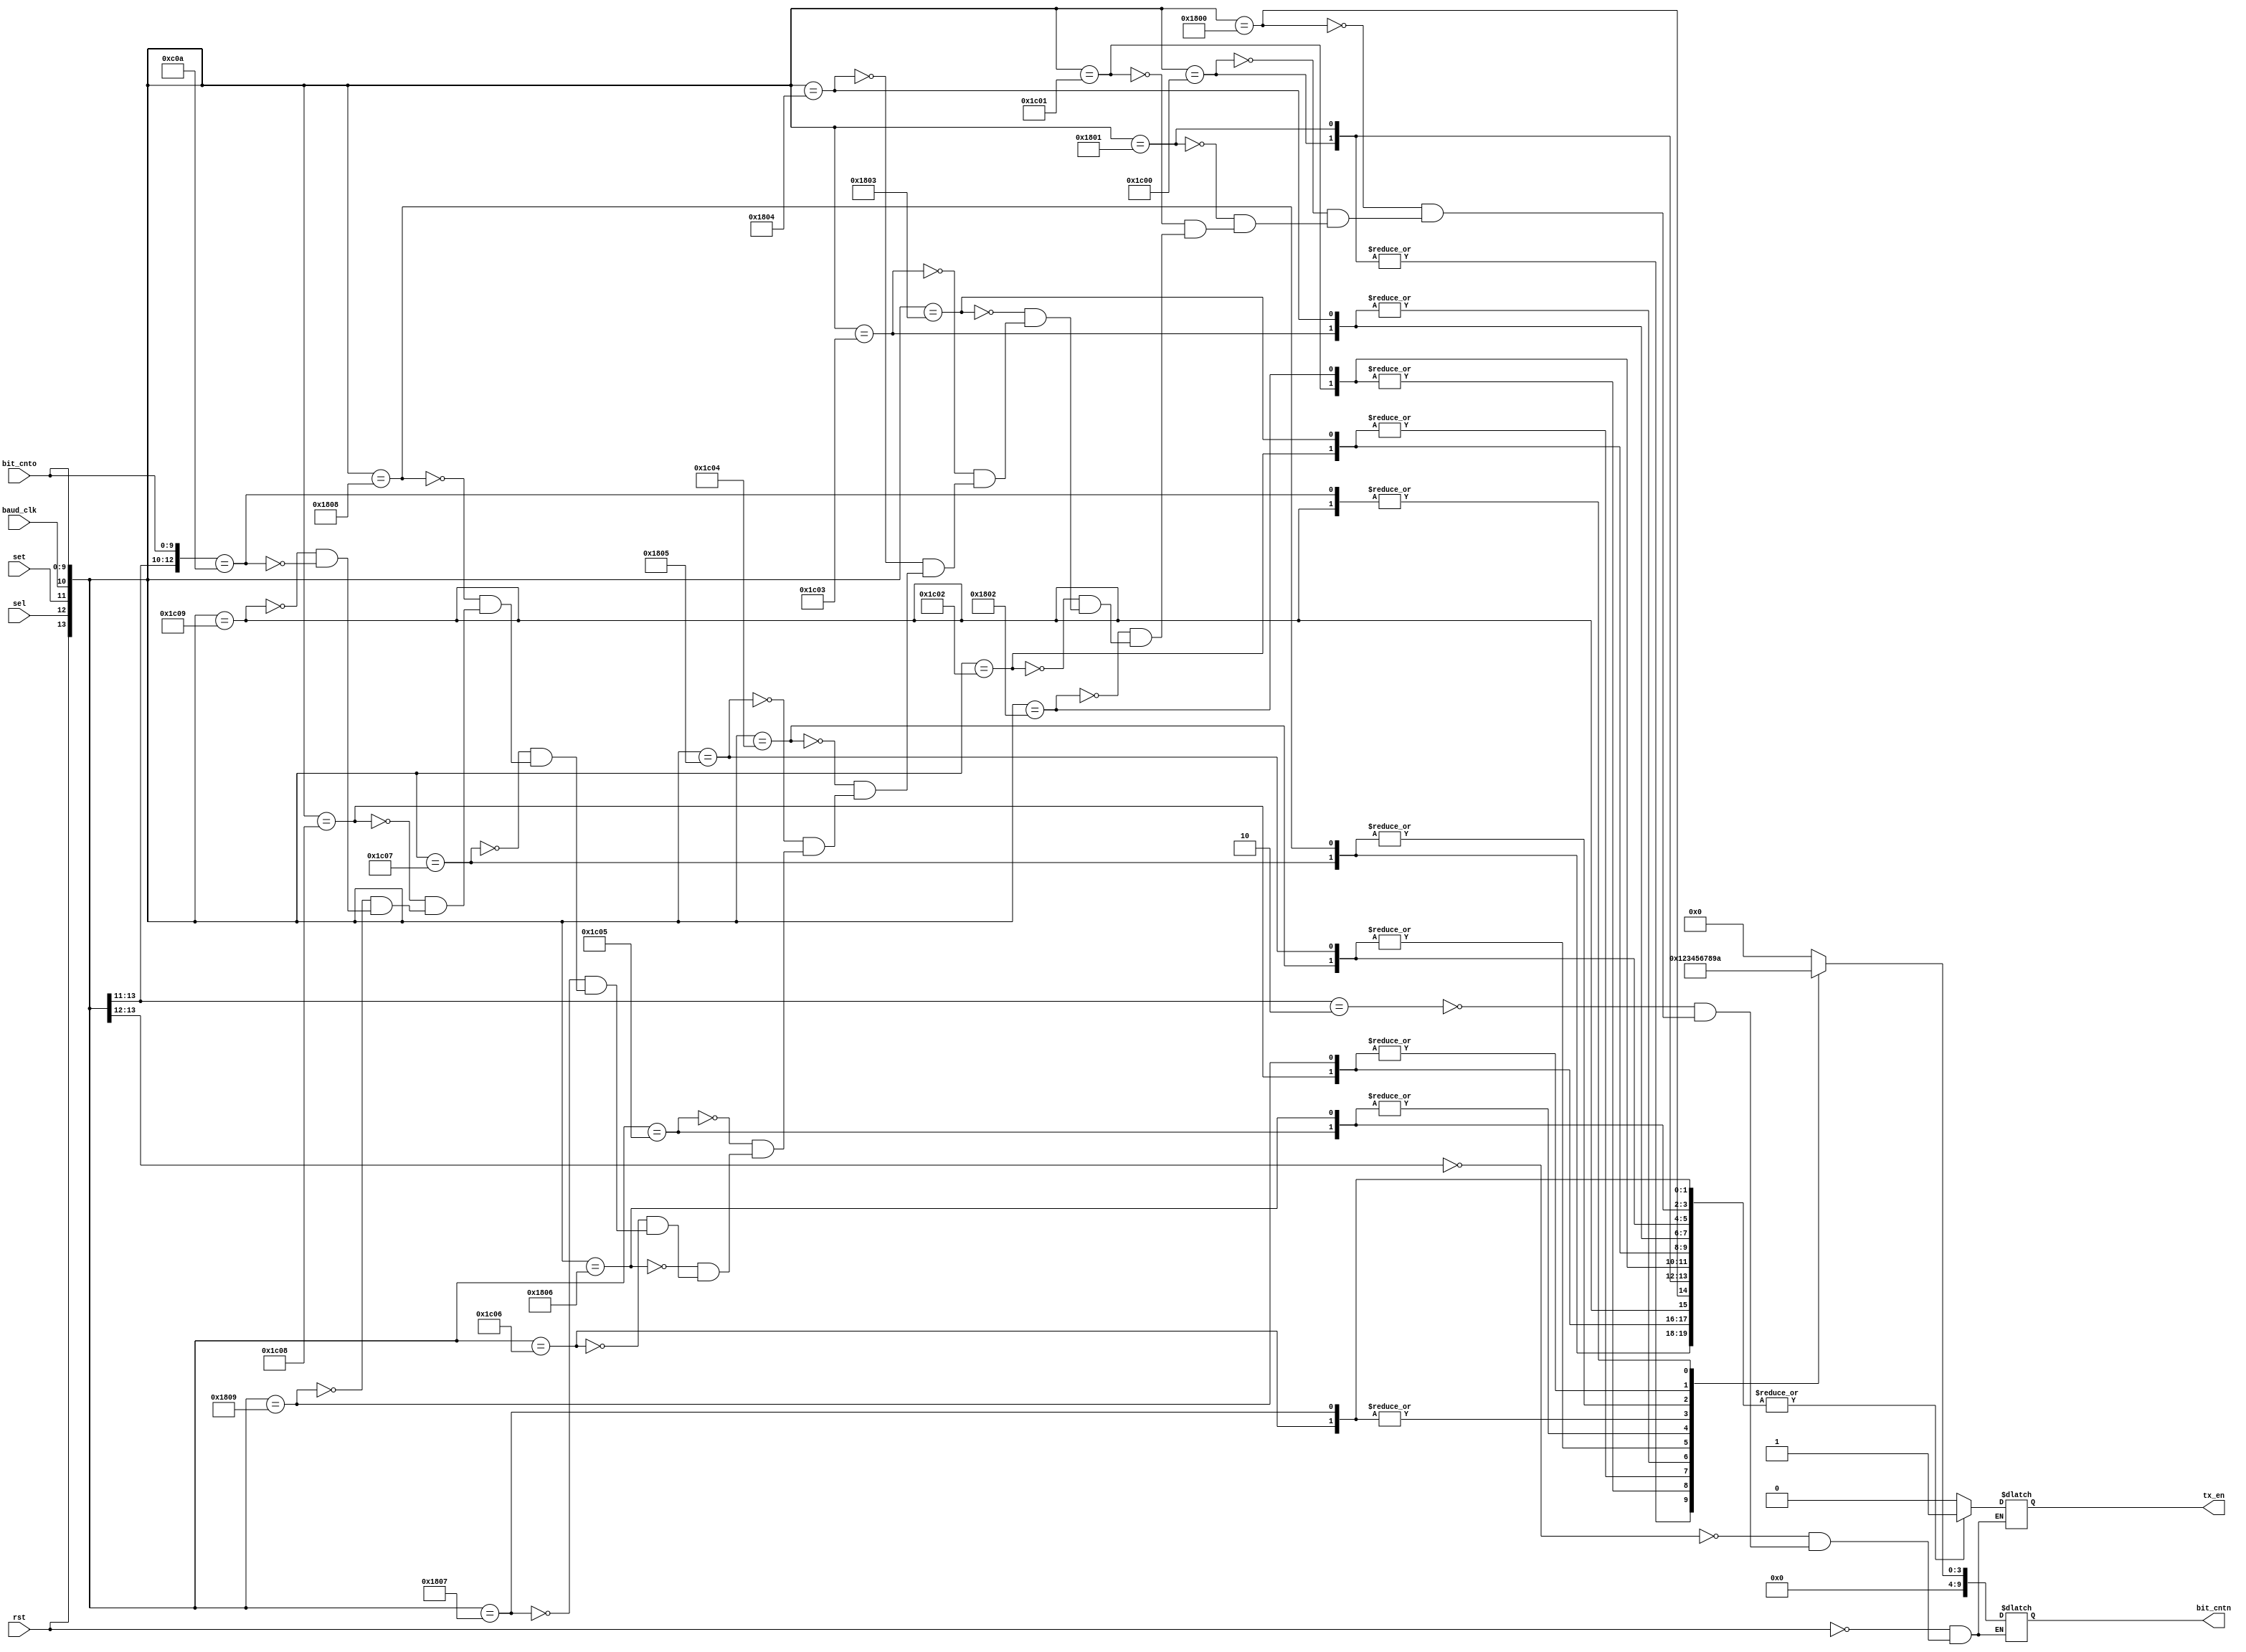
module tx_cp
(
	input wire 			rst,
	input wire			sel,
	input wire 			set,
	input wire 			baud_clk,
	input wire [9:0]  bit_cnto,
	
	output reg [9:0]  bit_cntn,
	output reg 			tx_en
);

always @ *
begin

	casex ({rst, sel, set, baud_clk, bit_cnto})
	
	{1'b1, 1'bx, 1'bx, 1'bx, 10'dx}: {tx_en, bit_cntn} = {1'b0, 10'd0}; // reset control
	
	{1'b0, 1'b0, 1'bx, 1'bx, 10'dx}: {tx_en, bit_cntn} = {1'b0, 10'd0}; // standby
	
	{1'b0, 1'b1, 1'b0, 1'bx, 10'dx}: {tx_en, bit_cntn} = {1'b0, 10'd0}; // idling
	
	{1'b0, 1'b1, 1'b1, 1'b0, 10'd0}: {tx_en, bit_cntn} = {1'b1, 10'd0}; // Start bit
	{1'b0, 1'b1, 1'b1, 1'b1, 10'd0}: {tx_en, bit_cntn} = {1'b1, 10'd1};
	
	{1'b0, 1'b1, 1'b1, 1'b0, 10'd1}: {tx_en, bit_cntn} = {1'b1, 10'd1}; // din[0]
	{1'b0, 1'b1, 1'b1, 1'b1, 10'd1}: {tx_en, bit_cntn} = {1'b1, 10'd2};
	
	{1'b0, 1'b1, 1'b1, 1'b0, 10'd2}: {tx_en, bit_cntn} = {1'b1, 10'd2}; // din[1]
	{1'b0, 1'b1, 1'b1, 1'b1, 10'd2}: {tx_en, bit_cntn} = {1'b1, 10'd3};
	
	{1'b0, 1'b1, 1'b1, 1'b0, 10'd3}: {tx_en, bit_cntn} = {1'b1, 10'd3}; // din[2]
	{1'b0, 1'b1, 1'b1, 1'b1, 10'd3}: {tx_en, bit_cntn} = {1'b1, 10'd4};
	
	{1'b0, 1'b1, 1'b1, 1'b0, 10'd4}: {tx_en, bit_cntn} = {1'b1, 10'd4}; // din[3]
	{1'b0, 1'b1, 1'b1, 1'b1, 10'd4}: {tx_en, bit_cntn} = {1'b1, 10'd5};
	
	{1'b0, 1'b1, 1'b1, 1'b0, 10'd5}: {tx_en, bit_cntn} = {1'b1, 10'd5}; // din[4]
	{1'b0, 1'b1, 1'b1, 1'b1, 10'd5}: {tx_en, bit_cntn} = {1'b1, 10'd6};
	
	{1'b0, 1'b1, 1'b1, 1'b0, 10'd6}: {tx_en, bit_cntn} = {1'b1, 10'd6}; // din[5]
	{1'b0, 1'b1, 1'b1, 1'b1, 10'd6}: {tx_en, bit_cntn} = {1'b1, 10'd7};
	
	{1'b0, 1'b1, 1'b1, 1'b0, 10'd7}: {tx_en, bit_cntn} = {1'b1, 10'd7}; // din[6]
	{1'b0, 1'b1, 1'b1, 1'b1, 10'd7}: {tx_en, bit_cntn} = {1'b1, 10'd8};
	
	{1'b0, 1'b1, 1'b1, 1'b0, 10'd8}: {tx_en, bit_cntn} = {1'b1, 10'd8}; // din[7]
	{1'b0, 1'b1, 1'b1, 1'b1, 10'd8}: {tx_en, bit_cntn} = {1'b1, 10'd9};
	
	{1'b0, 1'b1, 1'b1, 1'b0, 10'd9}: {tx_en, bit_cntn} = {1'b1, 10'd9}; // stop bit
	{1'b0, 1'b1, 1'b1, 1'b1, 10'd9}: {tx_en, bit_cntn} = {1'b1, 10'd10};
	
	{1'b0, 1'b1, 1'b1, 1'bx, 10'd10}: {tx_en, bit_cntn} = {1'b0, 10'd10}; // end tx
	
	endcase
end

endmodule